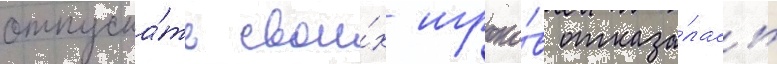
отпуска́ть свои́х игроко́в отказа́лась